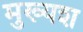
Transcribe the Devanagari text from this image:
मुख्यश